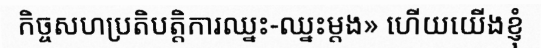
កិច្ចសហប្រតិបត្តិការឈ្នះ-ឈ្នះម្តង» ហើយយើងខ្ញុំ